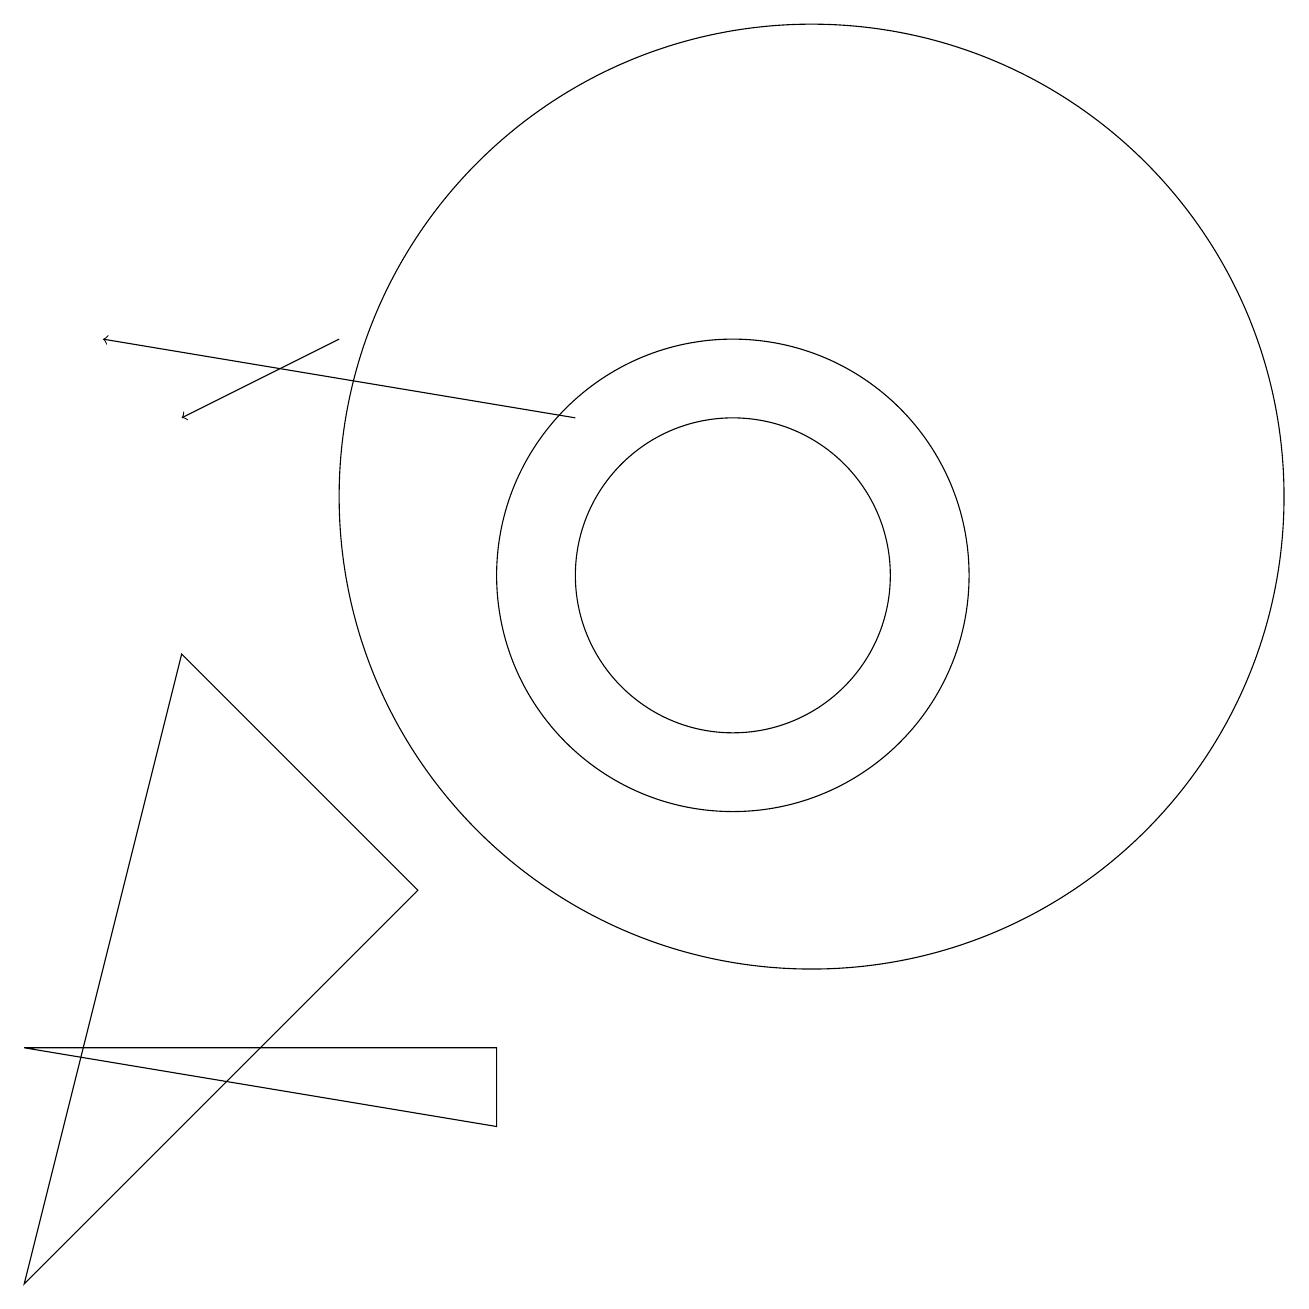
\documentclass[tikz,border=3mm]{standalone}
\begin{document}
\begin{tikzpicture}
\draw (10,10) circle (3);
\draw (11,11) circle (6);
\draw (10,10) circle (2);
\draw (6,6) -- (3,9) -- (1,1) -- cycle;
\draw[->] (8,12) -- (2,13);
\draw (7,4) -- (1,4) -- (7,3) -- cycle;
\draw[->] (5,13) -- (3,12);
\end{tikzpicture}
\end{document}